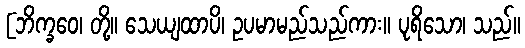
[ဘိက္ခဝေ၊ တို့။ သေယျထာပိ၊ ဥပမာမည်သည်ကား။ ပုရိသော၊ သည်။